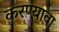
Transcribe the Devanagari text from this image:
करण्यावा